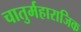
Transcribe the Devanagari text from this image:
चातुर्महाराजिक